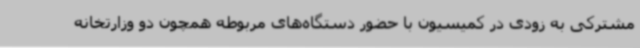
مشترکی به زودی در کمیسیون با حضور دستگاه‌های مربوطه همچون دو وزارتخانه